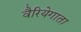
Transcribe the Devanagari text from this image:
वैरियेगाता